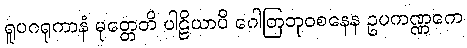
ရူပဂရုကာနံ မုတ္တေတိ ပါဠိယာပိ ဂေါတြဘုဝစနေန ဥပကဏ္ဏကေ